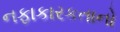
નફાકારકતાનો